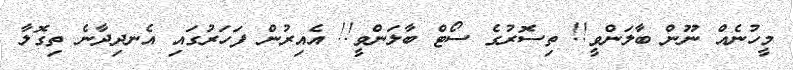
މީހުނެއް ނޫން ބާލަންވީ!! ތިސޮރުގެ ސޯޓް ބާލަންވީ!! އެއިރުން ފަހަރުގައި އެނދިދާނެ ތިގޮލާ